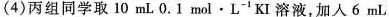
(4)丙组同学取10mL 0.1mol·L^{-1}KI溶液，加入6mL